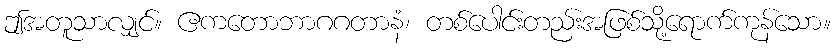
ဤအတူသာလျှင်။ ဧကတောဘာဂဂတာနံ၊ တစ်ပေါင်းတည်းအဖြစ်သို့ရောက်ကုန်သော။